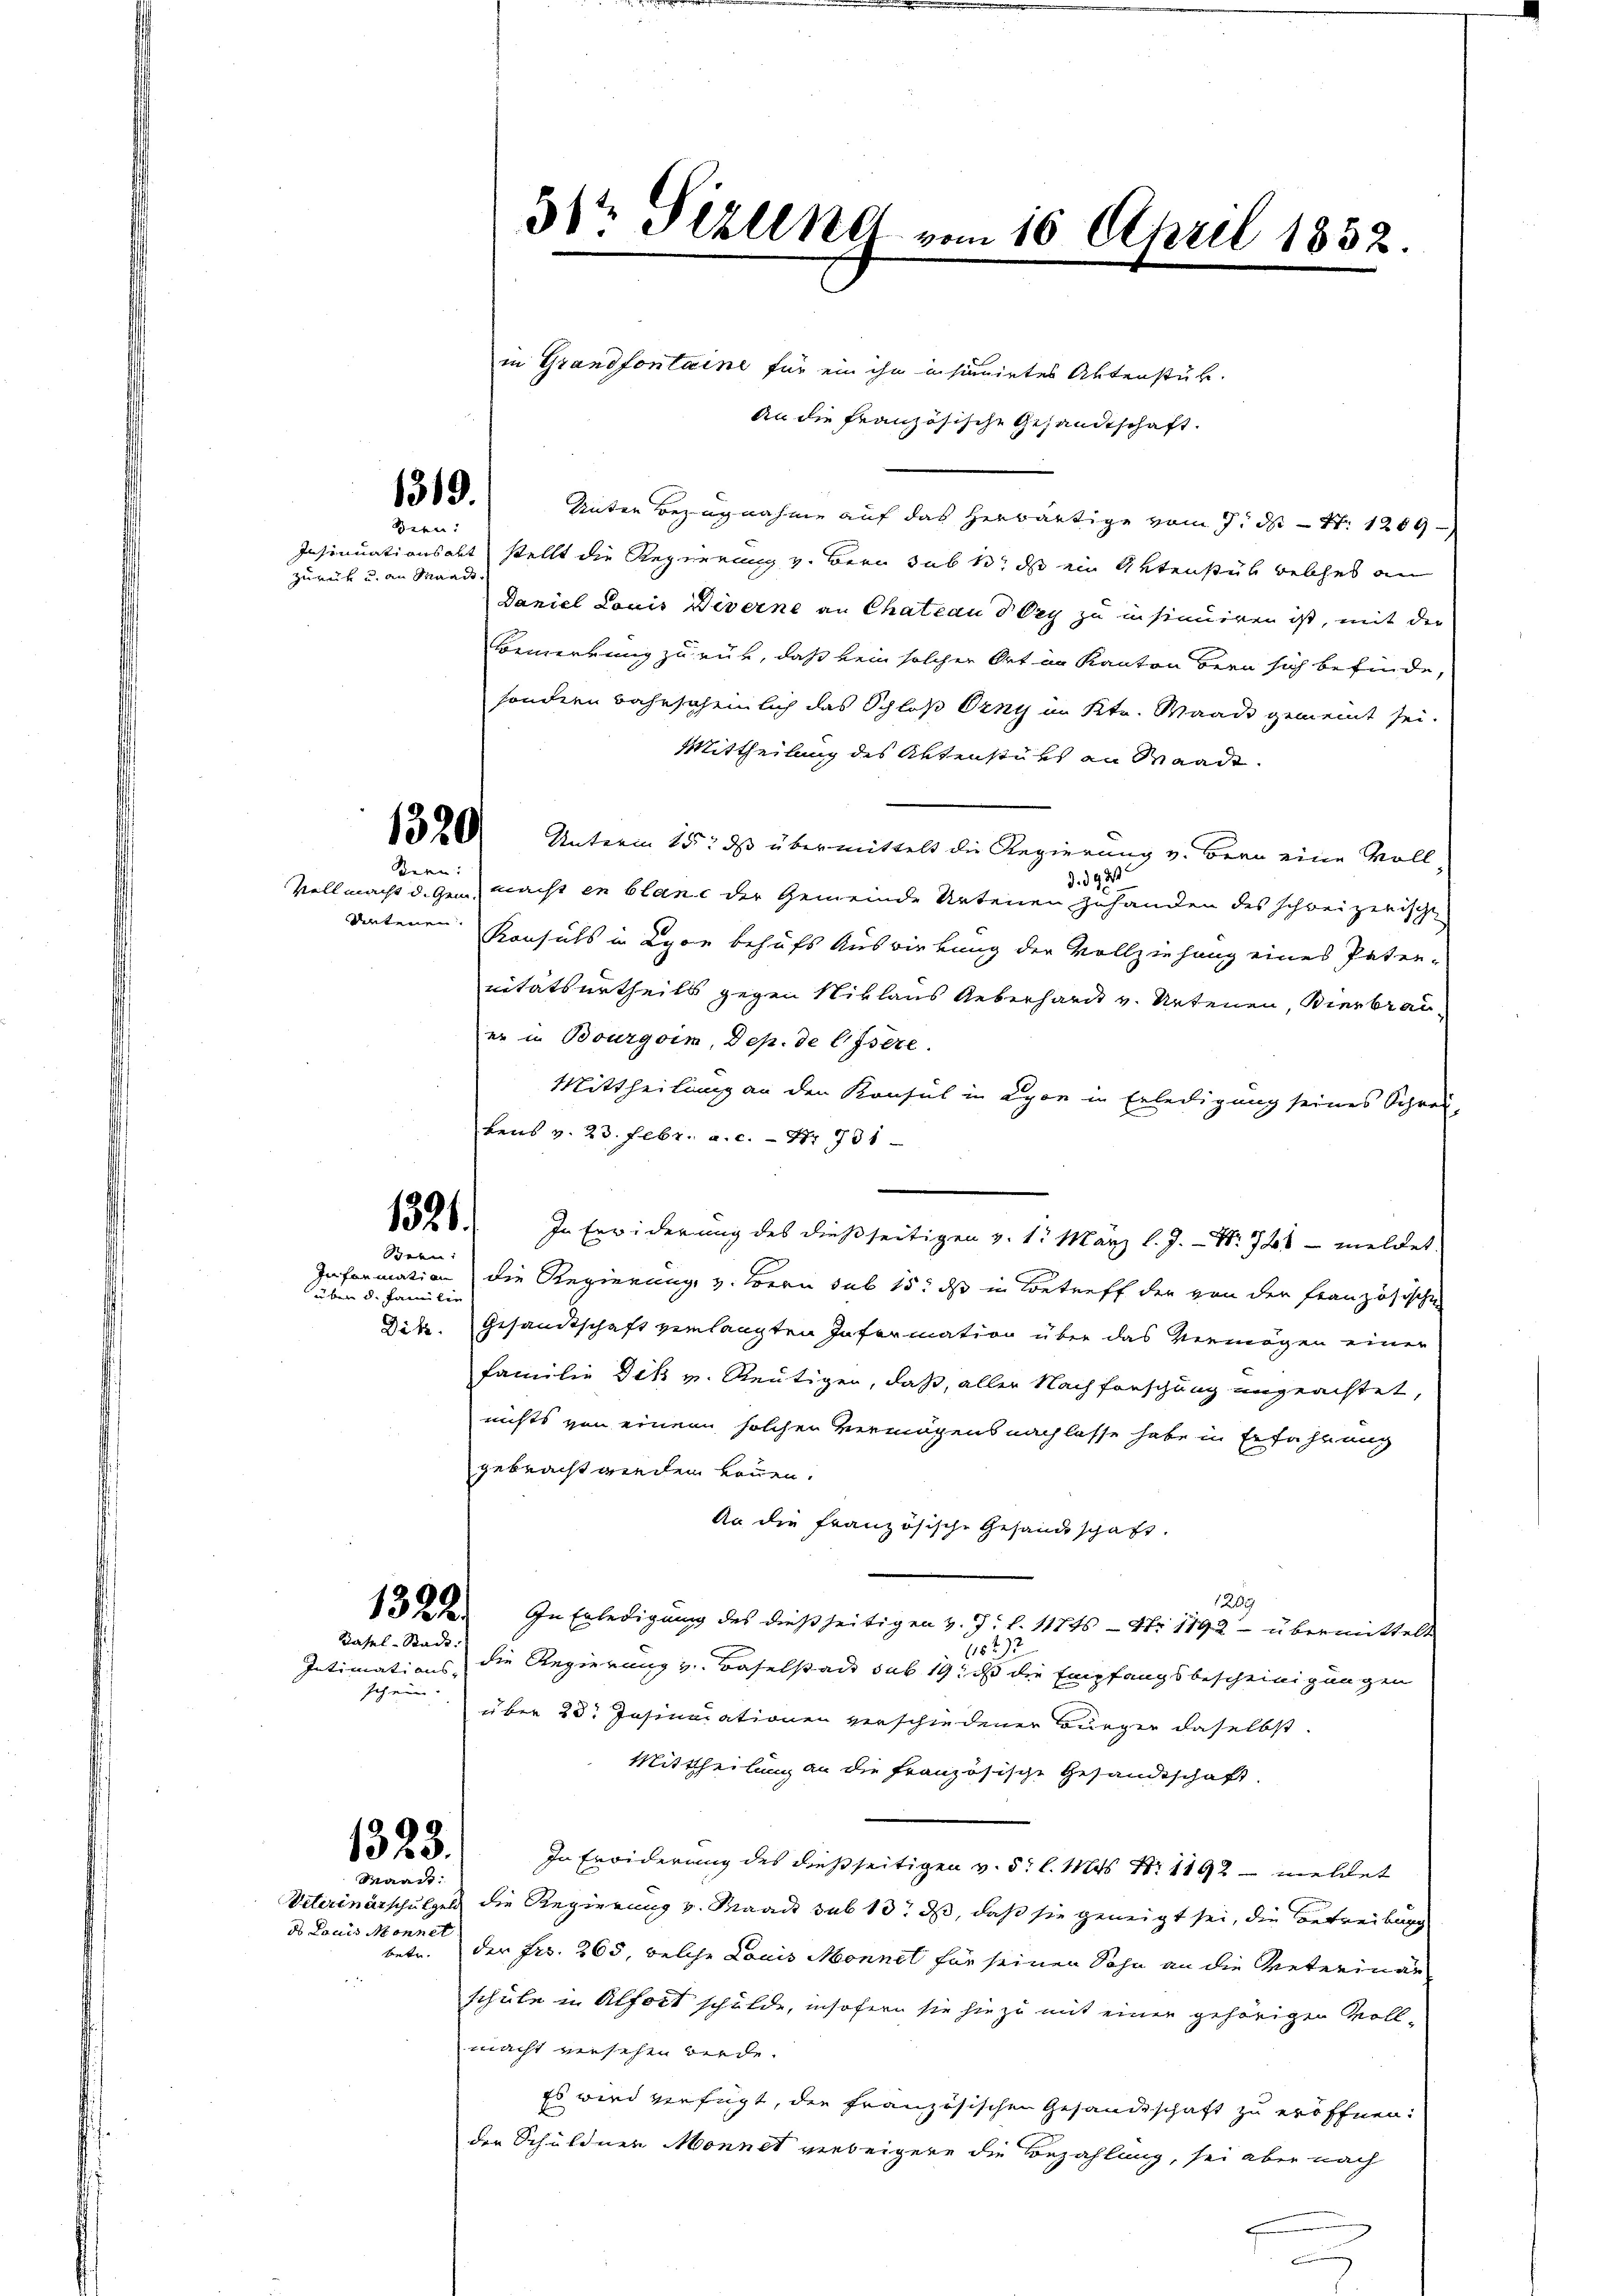
Bern:
Insinuati ans abt
zurück u. an Waadt

Stern:
dirtenen.

aubern d. Familien

1319.

1321.
ren:

Intimations- |
Ich ein

in Grandfontaine für ein ihn insinuirtes Aktenstük.
An die französische Gesandtschaft.
Unter Bezugnahme auf das herwärtige vom 7. d. S. 1269
stellt die Regierung v. Bern sub 1. ds ein Aktenstub welches an
Daniel Louis Diverne an Chateau d bey zu insinuiren ist, mit der
Bemerkung zurück, daß kein solcher Ort im Kanton Bern sich befinde,
sondern wahrscheinlich das Schloß Orny im Ktr. Waadt gemeint sei.
Mittheilung des Aktenstüks an Waadt.
152 Unterm 15. ds übermittelt die Regierung v. Bern eine Voll
ds
d. d.
Vollmacht d. Gem. macht in blanc der Gemeinde Artenen zuhanden des schweizerischen
Konsuls in Lyon behufs Auswirkung der Vollziehung eines Paten-
nitätsurtheils gegen Niklaus Ueberhardt v. Artenen, Bierbrau
er in Bourgoim, Dep. de CIsere.
Mittheilung an den Konsul in Lyon in Erledigung seines Schrei-
kens v. 23. Febr. a. c. - Nr. 701
In Erwiderung des dießseitigen v. 1. März l. J. Nr. 728 - meldet.
Information die Regierung, v. Bern sub 15. ds in Betreff der von der französischen
Dik. Gesandtschaft verlangten Information über das Vermögen einer
Familie Dik u. Reutigen, daß, aller Nachforschung ungeachtet,
nichts von einen solchen Vermögens nachlasse habe in Erfahrung
gebracht werden können.
An die französische Gesandtschaft.
1219
13  In Erledigŭng des dießseitigen v. J. l. 11745 - Nr 1792 übermittelt
11827
Basel-Stadt die Regierung v. Baselstade sub 19, daß die Empfangsbescheinigungen
über 23. Insinuationen verschiedener Bürger daselbst.
Mittheilung an die französische Gesandtschaft
In Erwiderung des dießseitigen v. 5. l. Mts. N: 1192 - meldet
Veterinärschulgeld die Regierung v. Waadt sub 13. ds, daß sie geneigt sei, die Betreibung
betr. der Fr. 265, welche Louis Monnel für seinen Sohn an die Veterinar
schule in Alfort schulde, insofern sie hiezu mit einer gehörigen Vollmacht versehen werde.
Es wird verfügt, die französischen Gesandtschaft zu eröffnen:
der Schuldner Monnet verbeigern die Bezahlung, sei aber nach

1323.

Maaß
d Louis Monnet

31ten Sizung vom 16. April 1852.